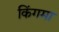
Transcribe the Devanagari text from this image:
किंगमा